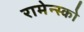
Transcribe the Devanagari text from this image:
रामेन्स्को